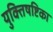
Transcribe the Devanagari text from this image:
युक्तिषष्टिका